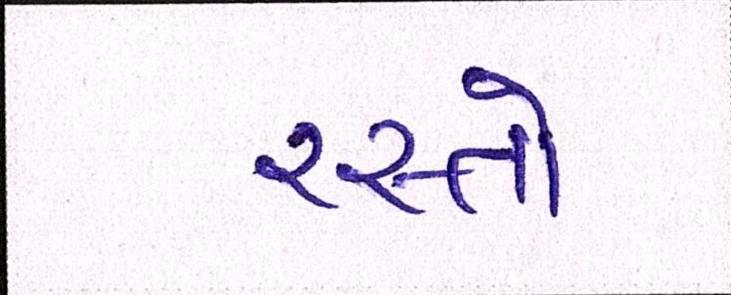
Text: રસ્તો